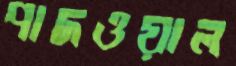
পাদওয়াল